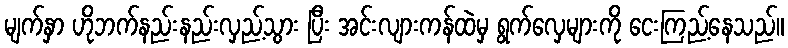
မျက်နှာ ဟိုဘက်နည်းနည်းလှည့်သွား ပြီး အင်းလျားကန်ထဲမှ ရွက်လှေများကို ငေးကြည့်နေသည်။